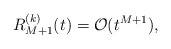
\begin{align*} R_{M+1}^{(k)}(t)=\mathcal{O}(t^{M+1}),\end{align*}